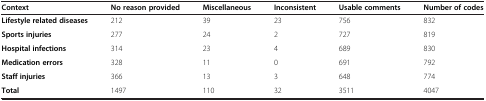
<table><thead><tr><td><b>Context</b></td><td><b>No reason provided</b></td><td><b>Miscellaneous</b></td><td><b>Inconsistent</b></td><td><b>Usable comments</b></td><td><b>Number of codes</b></td></tr></thead><tbody><tr><td><b>Lifestyle related diseases</b></td><td>212</td><td>39</td><td>23</td><td>756</td><td>832</td></tr><tr><td><b>Sports injuries</b></td><td>277</td><td>24</td><td>2</td><td>727</td><td>819</td></tr><tr><td><b>Hospital infections</b></td><td>314</td><td>23</td><td>4</td><td>689</td><td>830</td></tr><tr><td><b>Medication errors</b></td><td>328</td><td>11</td><td>0</td><td>691</td><td>792</td></tr><tr><td><b>Staff injuries</b></td><td>366</td><td>13</td><td>3</td><td>648</td><td>774</td></tr><tr><td><b>Total</b></td><td>1497</td><td>110</td><td>32</td><td>3511</td><td>4047</td></tr></tbody></table>